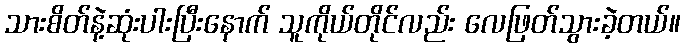
သားစိတ်နဲ့ဆုံးပါးပြီးနောက် သူကိုယ်တိုင်လည်း လေဖြတ်သွားခဲ့တယ်။